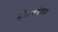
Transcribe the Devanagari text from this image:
नौकाबांधकाम